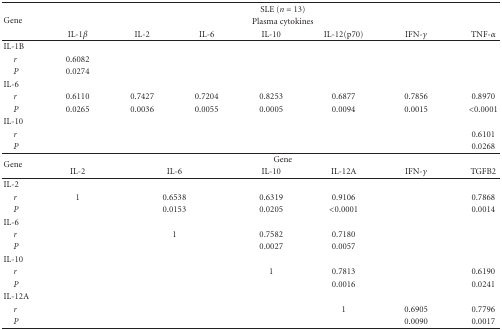
| <ROWSPAN=3> Gene | <COLSPAN=7> SLE (n = 13) |
 | <COLSPAN=7> Plasma cytokines |
 | IL-1β | IL-2 | IL-6 | IL-10 | IL-12(p70) | IFN-γ | TNF-α |
 | --- | --- | --- | --- | --- | --- | --- | --- |
 | IL-1B |  |  |  |  |  |  |  |
 | r | 0.6082 |  |  |  |  |  |  |
 | P | 0.0274 |  |  |  |  |  |  |
 | IL-6 |  |  |  |  |  |  |  |
 | r | 0.6110 | 0.7427 | 0.7204 | 0.8253 | 0.6877 | 0.7856 | 0.8970 |
 | P | 0.0265 | 0.0036 | 0.0055 | 0.0005 | 0.0094 | 0.0015 | <0.0001 |
 | IL-10 |  |  |  |  |  |  |  |
 | r |  |  |  |  |  |  | 0.6101 |
 | P |  |  |  |  |  |  | 0.0268 |
 | <ROWSPAN=2> Gene | <COLSPAN=7> Gene |
 | IL-2 | <COLSPAN=2> IL-6 | IL-10 | IL-12A | IFN-γ | TGFB2 |
 | IL-2 |  | <COLSPAN=2>  |  |  |  |  |
 | r | 1 | <COLSPAN=2> 0.6538 | 0.6319 | 0.9106 |  | 0.7868 |
 | P |  | <COLSPAN=2> 0.0153 | 0.0205 | <0.0001 |  | 0.0014 |
 | IL-6 |  | <COLSPAN=2>  |  |  |  |  |
 | r |  | <COLSPAN=2> 1 | 0.7582 | 0.7180 |  |  |
 | P |  | <COLSPAN=2>  | 0.0027 | 0.0057 |  |  |
 | IL-10 |  | <COLSPAN=2>  |  |  |  |  |
 | r |  | <COLSPAN=2>  | 1 | 0.7813 |  | 0.6190 |
 | P |  | <COLSPAN=2>  |  | 0.0016 |  | 0.0241 |
 | IL-12A |  | <COLSPAN=2>  |  |  |  |  |
 | r |  | <COLSPAN=2>  |  | 1 | 0.6905 | 0.7796 |
 | P |  | <COLSPAN=2>  |  |  | 0.0090 | 0.0017 |